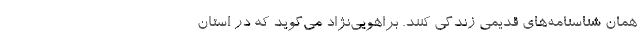
همان شناسنامه‌هاي قديمي زندگي كنند. براهويي‌نژاد مي‌گويد كه در استان